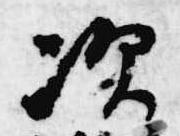
次